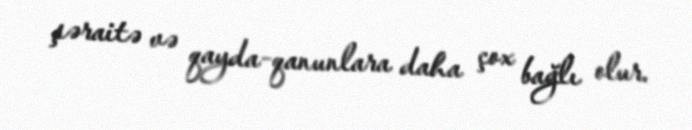
şəraitə və qayda-qanunlara daha çox bağlı olur.